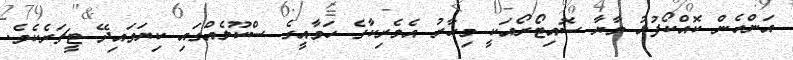
އަންހެން ކޮއްކޯފުޅު މާޔާ ސޮއިޓޯރޯއަކީ މިހާރު އެމެރިކާގެ ހަވާއީގެ ސްކޫލެއްގައި ކިޔަވައިދޭ ޓީޗަރެކެވެ.